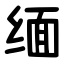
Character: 缅